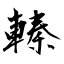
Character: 轃